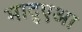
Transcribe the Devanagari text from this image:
मादुएआ